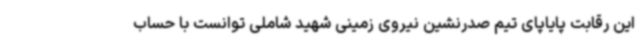
این رقابت پایاپای تیم صدرنشین نیروی زمینی شهید شاملی توانست با حساب